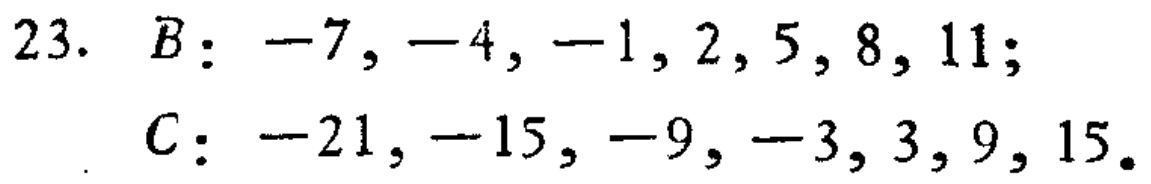
23. \(B: -7, -4, -1, 2, 5, 8, 11;\)

\(C: -21, -15, -9, -3, 3, 9, 15.\)